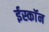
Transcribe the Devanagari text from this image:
ईस्काॅन